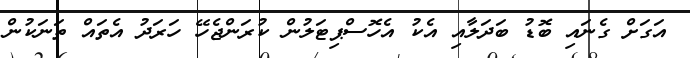
އަގަށް ގެނައި ބޮޑު ބަދަލާއި އެކު އެހޮސްޕިޓަލުން ކުރަންޖެހޭ ހަރަދު އެތައް ތަނަކުން